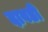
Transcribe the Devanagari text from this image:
दावडी